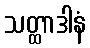
သတ္ထာဒါနံ